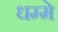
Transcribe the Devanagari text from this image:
धम्मे